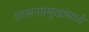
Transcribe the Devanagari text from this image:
शासनप्रमुखांमध्ये